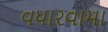
વધારવામા